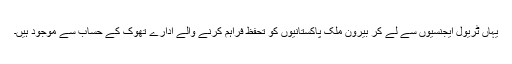
یہاں ٹریول ایجنسیوں سے لے کر بیرونِ ملک پاکستانیوں کو تحفظ فراہم کرنے والے ادارے تھوک کے حساب سے موجود ہیں۔